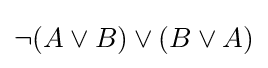
\neg (A\lor B)\lor (B\lor A)